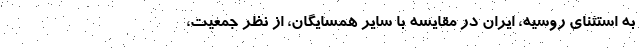
به استثناي روسيه، ايران در مقايسه با ساير همسايگان، از نظر جمعيت،